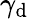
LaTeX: \gamma_{\mathrm{d}}